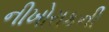
નીખોરાકની